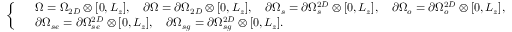
\small \left\{ \begin{array} { r l } & { \Omega = \Omega _ { 2 D } \otimes [ 0 , L _ { z } ] , \quad \partial \Omega = \partial \Omega _ { 2 D } \otimes [ 0 , L _ { z } ] , \quad \partial \Omega _ { s } = \partial \Omega _ { s } ^ { 2 D } \otimes [ 0 , L _ { z } ] , \quad \partial \Omega _ { o } = \partial \Omega _ { o } ^ { 2 D } \otimes [ 0 , L _ { z } ] , } \\ & { \partial \Omega _ { s e } = \partial \Omega _ { s e } ^ { 2 D } \otimes [ 0 , L _ { z } ] , \quad \partial \Omega _ { s g } = \partial \Omega _ { s g } ^ { 2 D } \otimes [ 0 , L _ { z } ] . } \end{array} \right.